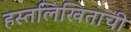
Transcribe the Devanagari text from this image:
हस्तलिखिताची